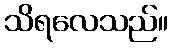
သိရလေသည်။